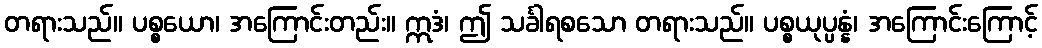
တရားသည်။ ပစ္စယော၊ အကြောင်းတည်း။ ဣဒံ၊ ဤ သင်္ခါရစသော တရားသည်။ ပစ္စယုပ္ပန္နံ၊ အကြောင်းကြောင့်